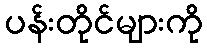
ပန်းတိုင်များကို